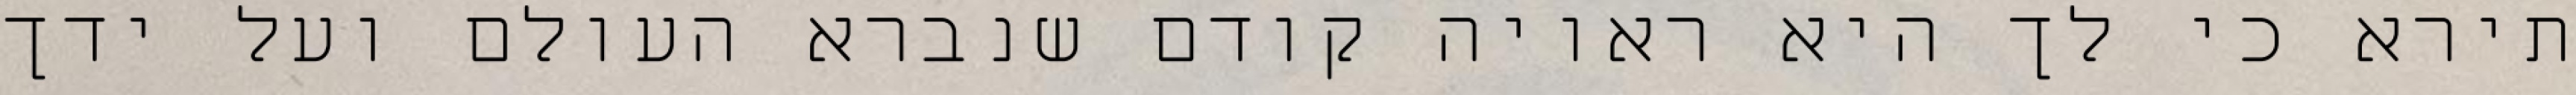
תירא כי לך היא ראויה קודם שנברא העולם ועל ידך